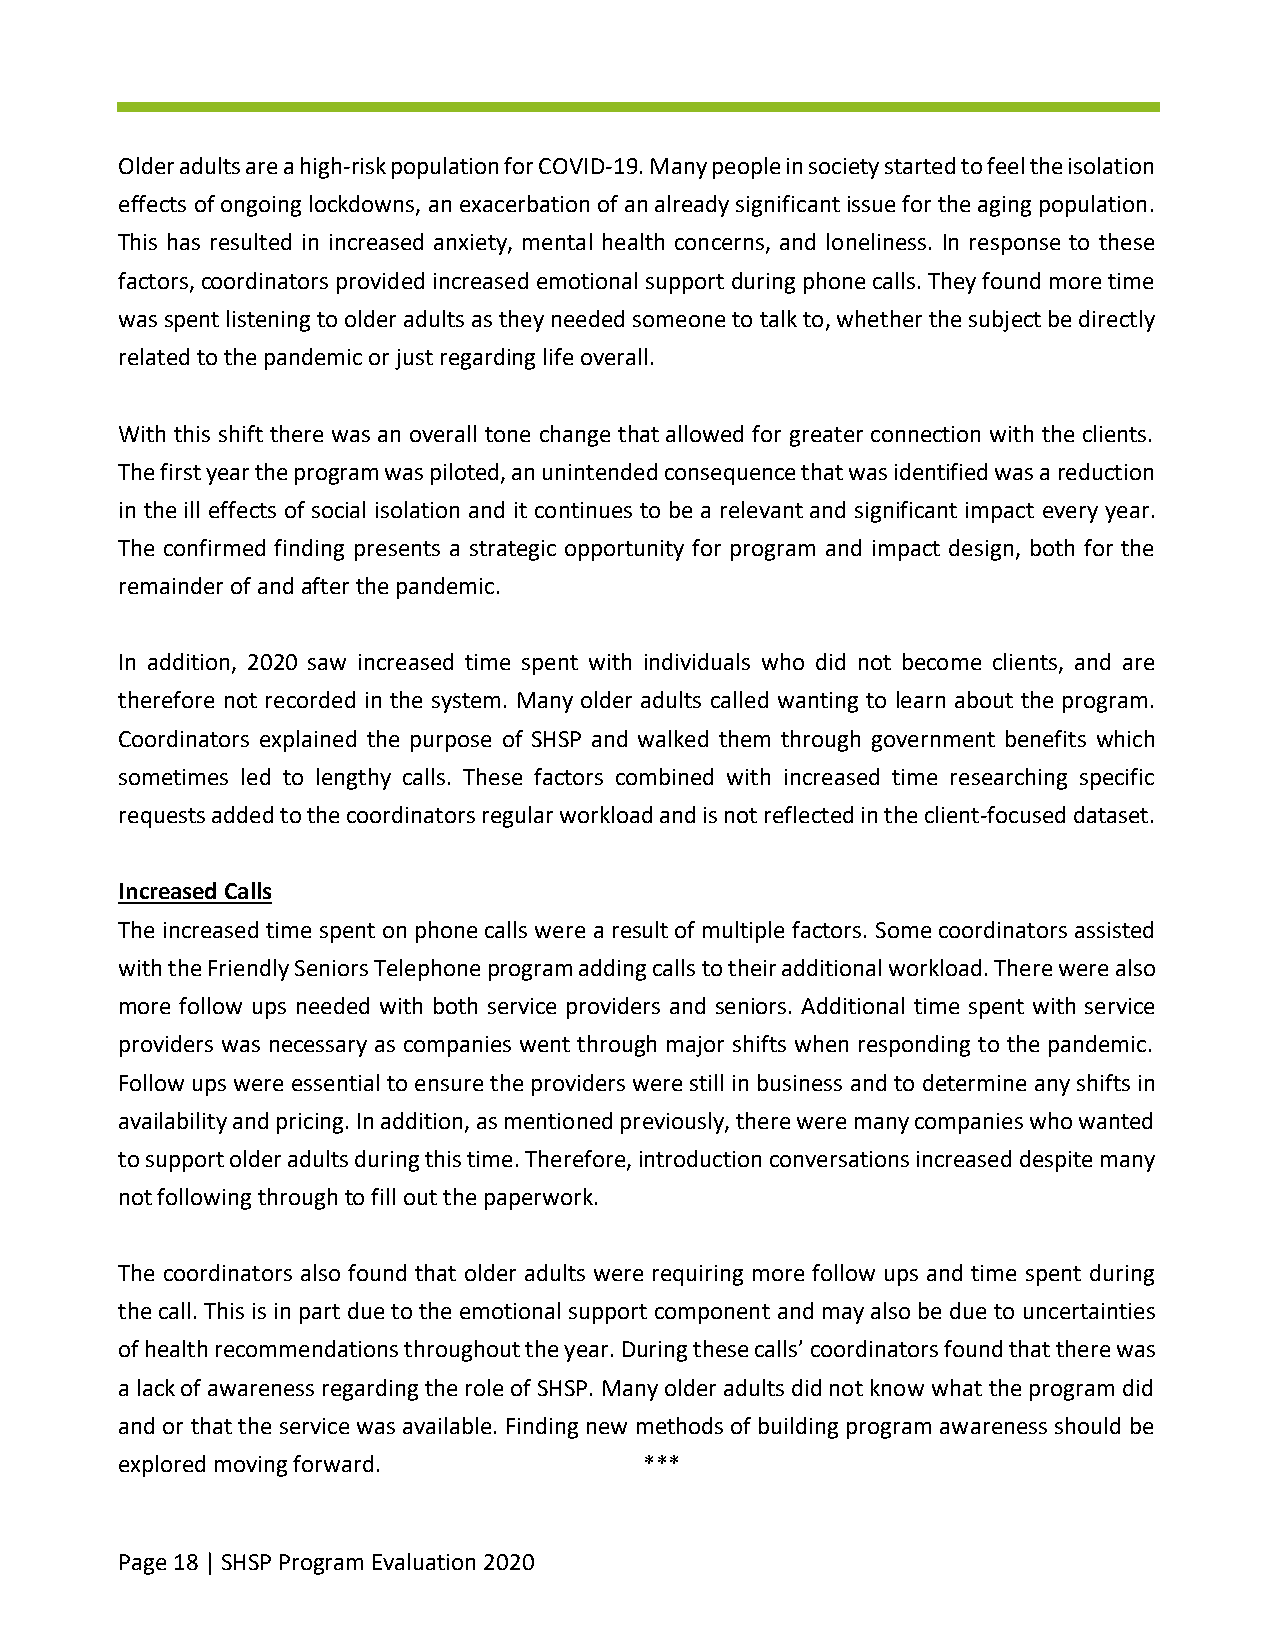
Older adults are a high-risk population for COVID-19. Many people in society started to feel the isolation
 effects of ongoing lockdowns, an exacerbation of an already significant issue for the aging population.
 This has resulted in increased anxiety, mental health concerns, and loneliness. In response to these
 factors, coordinators provided increased emotional support during phone calls. They found more time
 was spent listening to older adults as they needed someone to talk to, whether the subject be directly
 related to the pandemic or just regarding life overall.
 With this shift there was an overall tone change that allowed for greater connection with the clients.
 The first year the program was piloted, an unintended consequence that was identified was a reduction
 in the ill effects of social isolation and it continues to be a relevant and significant impact every year.
 The confirmed finding presents a strategic opportunity for program and impact design, both for the
 remainder of and after the pandemic.
 In addition, 2020 saw increased time spent with individuals who did not become clients, and are
 therefore not recorded in the system. Many older adults called wanting to learn about the program.
 Coordinators explained the purpose of SHSP and walked them through government benefits which
 sometimes led to lengthy calls. These factors combined with increased time researching specific
 requests added to the coordinators regular workload and is not reflected in the client-focused dataset.
 Increased Calls
 The increased time spent on phone calls were a result of multiple factors. Some coordinators assisted
 with the Friendly Seniors Telephone program adding calls to their additional workload. There were also
 more follow ups needed with both service providers and seniors. Additional time spent with service
 providers was necessary as companies went through major shifts when responding to the pandemic.
 Follow ups were essential to ensure the providers were still in business and to determine any shifts in
 availability and pricing. In addition, as mentioned previously, there were many companies who wanted
 to support older adults during this time. Therefore, introduction conversations increased despite many
 not following through to fill out the paperwork.
 The coordinators also found that older adults were requiring more follow ups and time spent during
 the call. This is in part due to the emotional support component and may also be due to uncertainties
 of health recommendations throughout the year. During these calls’ coordinators found that there was
 a lack of awareness regarding the role of SHSP. Many older adults did not know what the program did
 and or that the service was available. Finding new methods of building program awareness should be
 explored moving forward.           ***
 Page 18 | SHSP Program Evaluation 2020